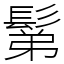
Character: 鬀